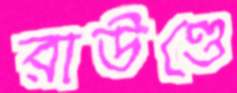
রাউণ্ডে